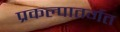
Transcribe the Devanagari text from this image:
प्रकल्पातर्गत